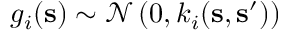
g _ { i } ( \mathbf { s } ) \sim \mathcal { N } \left( 0 , k _ { i } ( \mathbf { s } , \mathbf { s } ^ { \prime } ) \right)